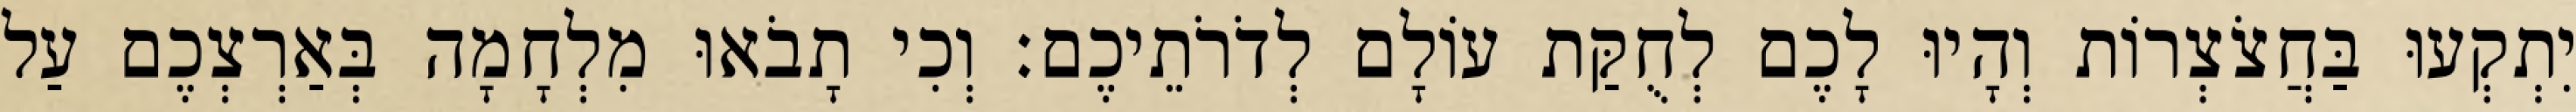
יִתְקְעוּ בַּחֲצֹצְרוֹת וְהָיוּ לָכֶם לְחֻקַּת עוֹלָם לְדֹרֹתֵיכֶם׃ וְכִי תָבֹאוּ מִלְחָמָה בְּאַרְצְכֶם עַל